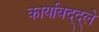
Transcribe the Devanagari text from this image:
कार्याबद्द्ले